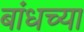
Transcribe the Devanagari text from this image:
बांधच्या